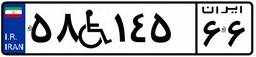
۵۸W۱۴۵۶۶